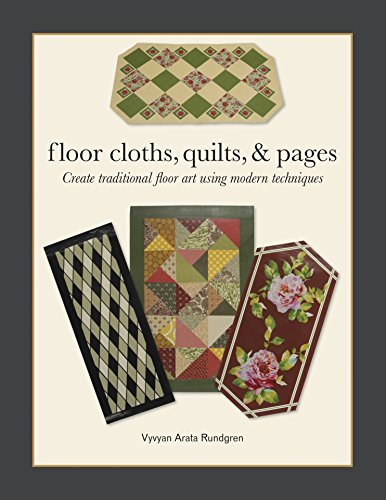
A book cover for Floor Cloths, Quilts, and Pages: Create Traditional Floor Art Using Modern Techniques; Vyvyan Rundgren; Crafts, Hobbies & Home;